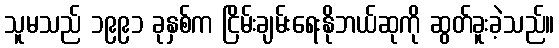
သူမသည် ၁၉၉၁ ခုနှစ်က ငြိမ်းချမ်းရေးနိုဘယ်ဆုကို ဆွတ်ခူးခဲ့သည်။